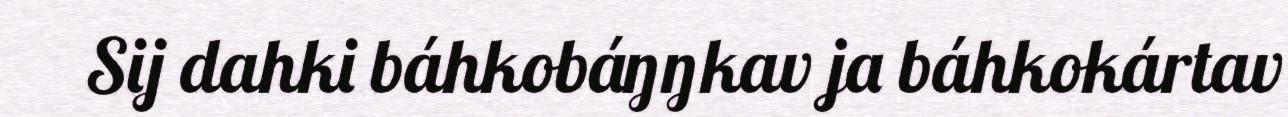
Sij dahki báhkobáŋŋkav ja báhkokártav